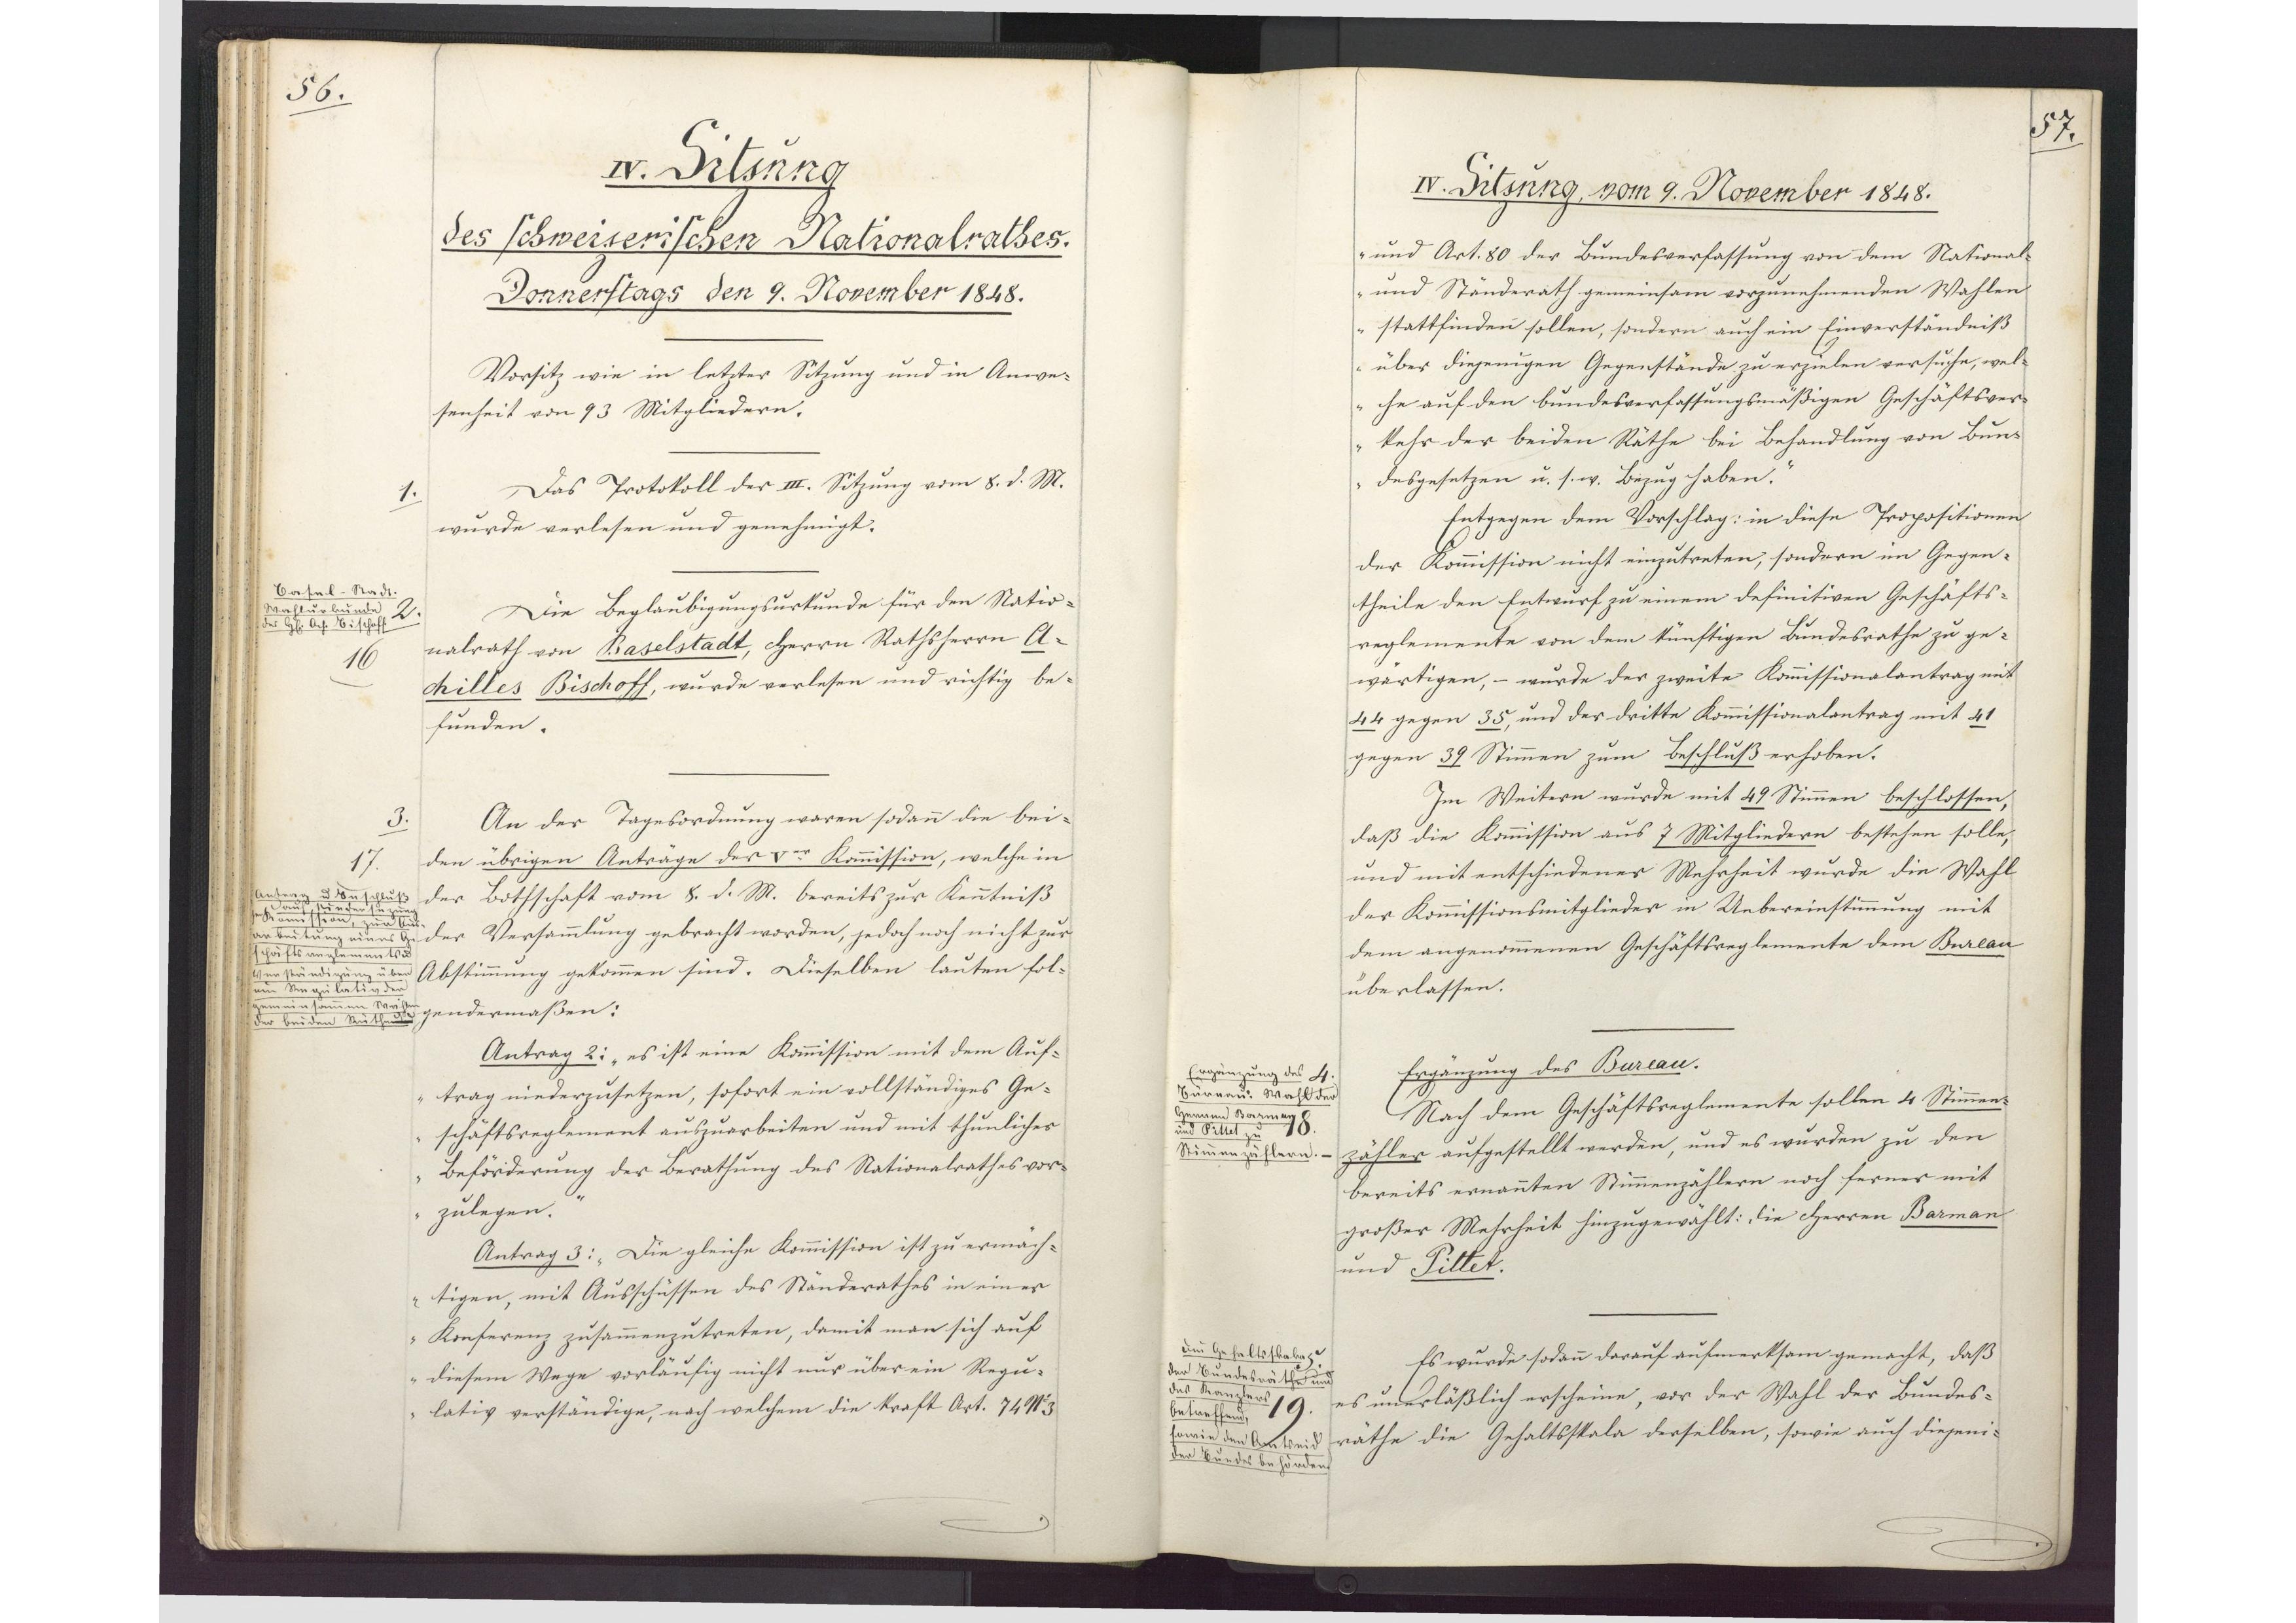
56.

IV. Sitzung
des schweizerischen Nationalrathes.
Donnerstags den 9. November 1848.

Vorsitz wie in letzter Sitzung und in Anwe¬
senheit von 93 Mitgliedern.
Das Protokoll der III. Sitzung vom 8. d. M.
wurde verlesen und genehmigt.
Die Beglaubigungsurkunde für den Natio¬
nalrath von Baselstadt, Herrn Rathsherrn A¬
chilles Bischoff, wurde verlesen und richtig be¬
funden.
An der Tagesordnung waren sodann die bei¬
den übrigen Anträge der V.er Kommission, welche in
der Bothschaft vom 8. d. M. bereits zur Kenntniß
der Versammlung gebracht worden, jedoch noch nicht zur
Abstimmung gekommen sind. Dieselben lauten fol¬
gendermaßen:
Antrag 2: "es ist eine Kommission mit dem Auf¬
trag niederzusetzen, sofort ein vollständiges Ge¬
schäftsreglement auszuarbeiten und mit thunlicher
Beförderung der Berathung des Nationalrathes vor¬
zulegen."
Antrag 3: "Die gleiche Kommission ist zu ermäch¬
tigen, mit Ausschüssen des Ständerathes in einer
Konferenz zusammenzutreten, damit man sich auf
diesem Wege vorläufig nicht nur über ein Regu¬
lativ verständige, nach welchem die Kraft Art. 74 No3

1.
Basel-Stadt.
Wahlurkunde
des Herrn Ach. Bischoff.
2.
16

3.
17
Antrag und Beschluß
auf Niedersezung
der Kommission, zur Aus¬
arbeitung eines Ge¬
schäftsreglements und
Verständigung über
ein Regulativ der
gemeinsamen Wahlen
der beiden Räthe.

57.

IV. Sitzung, vom 9. November 1848.
und Art. 80 der Bundesverfassung von dem National¬

und Ständerath gemeinsam vorzunehmenden Wahlen
stattfinden sollen, sondern auch ein Einverständniß
über diejenigen Gegenstände zu erzielen versuche, wel¬
che auf den bundesverfassungsmäßigen Geschäftsver¬
kehr der beiden Räthe bei Behandlung von Bun¬
desgesetzen u. s. w. Bezug haben."
Entgegen dem Vorschlag: in diese Propositionen
der Kommission nicht einzutreten, sondern im Gegen¬
theile den Entwurf zu einem definitiven Geschäfts¬
reglemente von dem künftigen Bundesrathe zu ge¬
wärtigen, - wurde der zweite Kommissionalantrag mit
44 gegen 35, und der dritte Kommissionalantrag mit 41
gegen 39 Stimmen zum Beschluß erhoben.
Im Weitern wurde mit 49 Stimmen beschlossen,
daβ die Kommission aus 7 Mitgliedern bestehen solle,
und mit entschiedener Mehrheit wurde die Wahl
der Kommissionsmitglieder in Uebereinstimmung mit
dem angenommenen Geschäftsreglemente dem Bureau
überlassen.
Ergänzung des Bureau.
Nach dem Geschäftsreglemente sollen 4 Stimmen¬
zähler aufgestellt werden und es wurden zu den
bereits ernannten Stimmenzählern noch ferner mit
großer Mehrheit hinzugewählt: die Herren Barman
und Pillet.
Es wurde sodann darauf aufmerksam gemacht, daß
es unerläßlich erscheine, vor der Wahl der Bundes¬
räthe die Gehaltsskala derselben, sowie auch diejeni¬

4.
Ergänzung des
Bureau: Wahl der
Herren Barman
und Pillet zu
Stimmenzählern.
18.

5.
Die Gehaltsskala
der Bundesräthe und
des Kanzlers
betreffend,
sowie den Amtseid
der Bundesbehörden.
19.